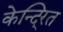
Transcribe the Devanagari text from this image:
केन्दि्रत